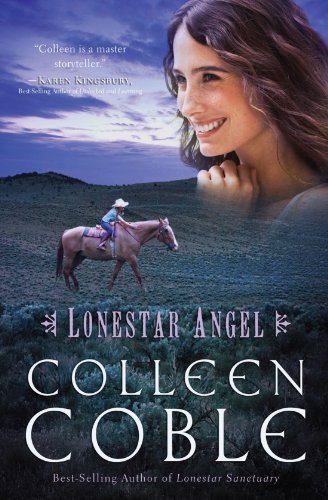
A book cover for Lonestar Angel (Lonestar Series); Colleen Coble; Romance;